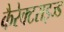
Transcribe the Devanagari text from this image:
कैरेक्टराइज्ड